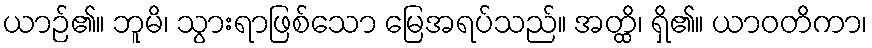
ယာဉ်၏။ ဘူမိ၊ သွားရာဖြစ်သော မြေအရပ်သည်။ အတ္ထိ၊ ရှိ၏။ ယာဝတိကာ၊